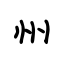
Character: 州